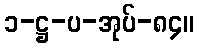
၁-ဋ္ဌ-ပ-အုပ်-၈၄။